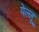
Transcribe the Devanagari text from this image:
येल्लू